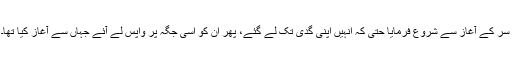
سر کے آغاز سے شروع فرمایا حتیٰ کہ انہیں اپنی گدی تک لے گئے، پھر ان کو اسی جگہ پر واپس لے آئے جہاں سے آغاز کیا تھا۔